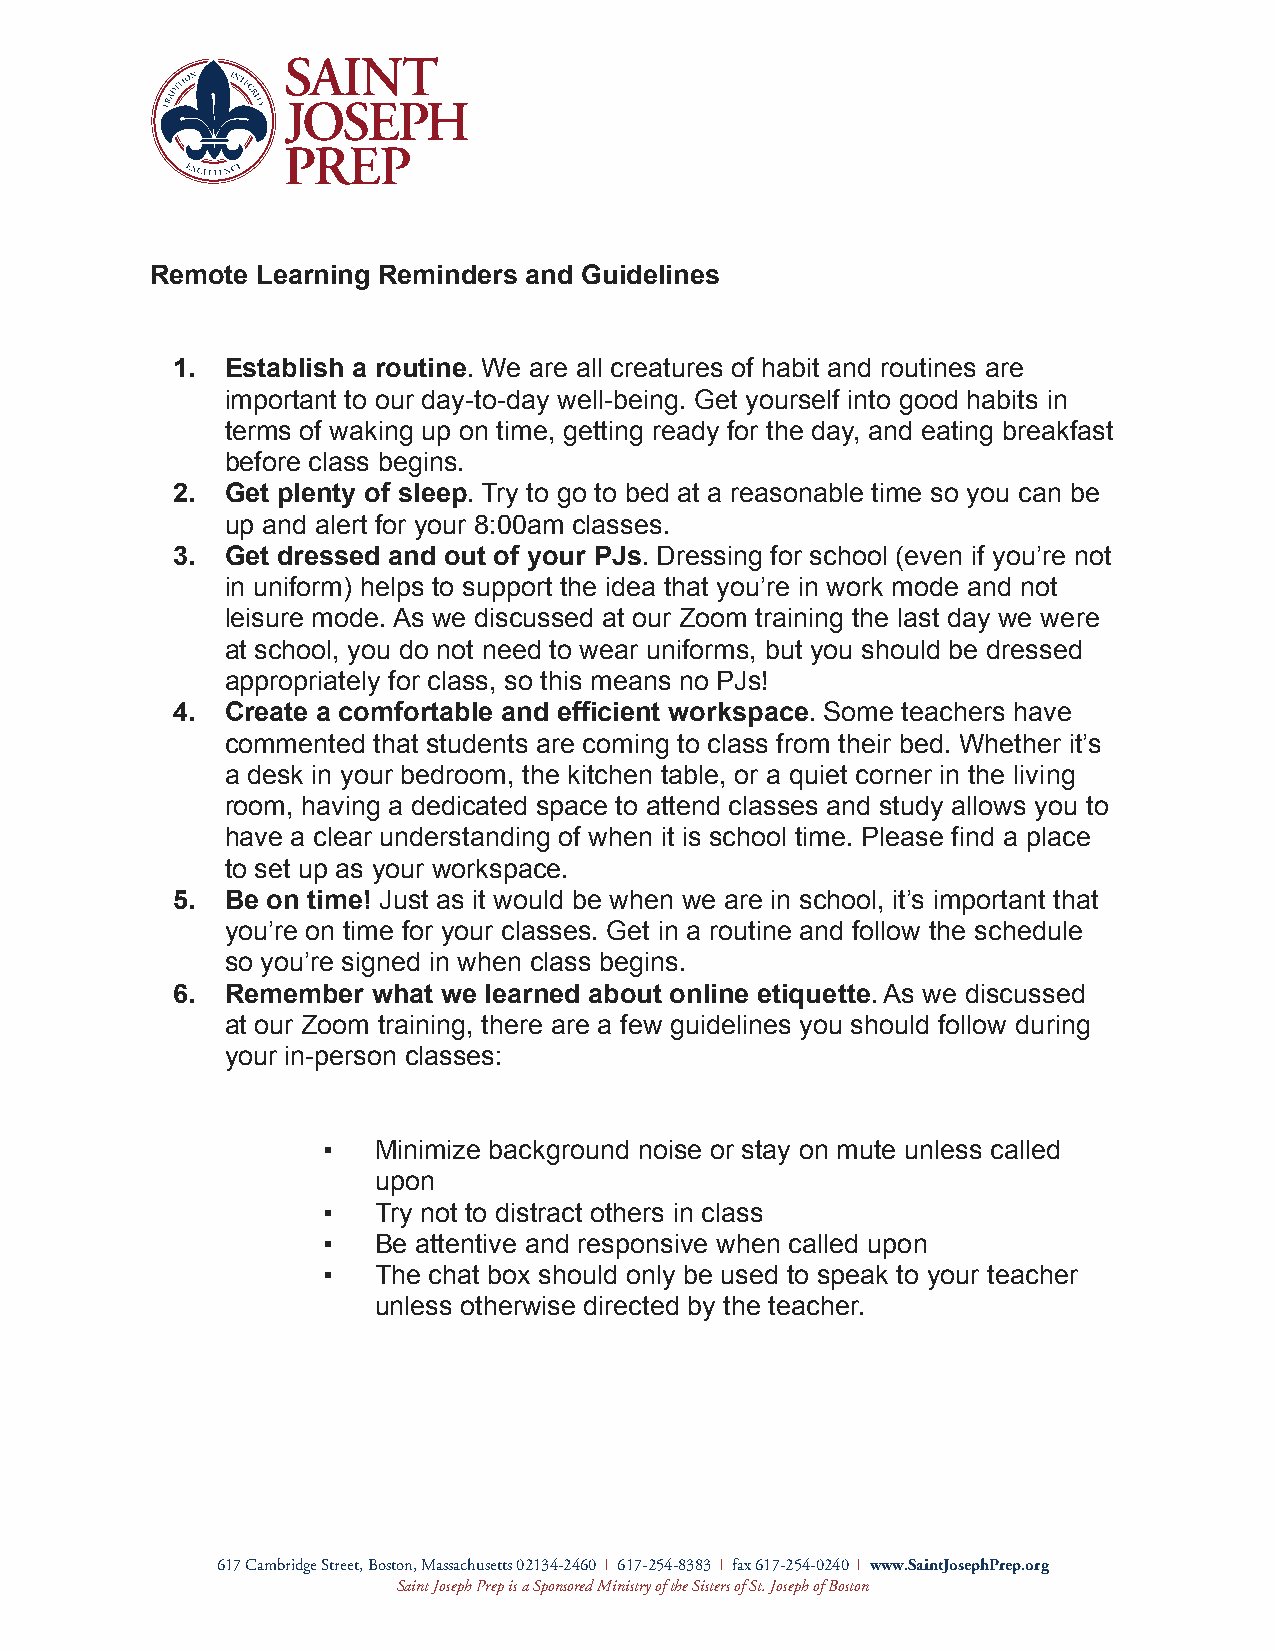
Remote Learning Reminders and Guidelines
 1.  Establish a routine. We are all creatures of habit and routines are
 important to our day-to-day well-being. Get yourself into good habits in
 terms of waking up on time, getting ready for the day, and eating breakfast
 before class begins.
 2.  Get plenty of sleep. Try to go to bed at a reasonable time so you can be
 up and alert for your 8:00am classes.
 3.  Get dressed and out of your PJs. Dressing for school (even if you’re not
 in uniform) helps to support the idea that you’re in work mode and not
 leisure mode. As we discussed at our Zoom training the last day we were
 at school, you do not need to wear uniforms, but you should be dressed
 appropriately for class, so this means no PJs!
 4.  Create a comfortable and efficient workspace. Some teachers have
 commented that students are coming to class from their bed. Whether it’s
 a desk in your bedroom, the kitchen table, or a quiet corner in the living
 room, having a dedicated space to attend classes and study allows you to
 have a clear understanding of when it is school time. Please find a place
 to set up as your workspace.
 5.  Be on time! Just as it would be when we are in school, it’s important that
 you’re on time for your classes. Get in a routine and follow the schedule
 so you’re signed in when class begins.
 6.  Remember  what we learned about online etiquette. As we discussed
 at our Zoom training, there are a few guidelines you should follow during
 your in-person classes:
 ▪   Minimize background noise or stay on mute unless called
 upon
 ▪   Try not to distract others in class
 ▪   Be attentive and responsive when called upon
 ▪   The chat box should only be used to speak to your teacher
 unless otherwise directed by the teacher.
 617 Cambridge Street, Boston, Massachusetts 02134-2460 | 617-254-8383 | fax 617-254-0240 | www.SaintJosephPrep.org
 Saint Joseph Prep is a Sponsored Ministry of the Sisters of St. Joseph of Boston